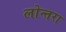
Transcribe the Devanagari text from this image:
लोन्तरा